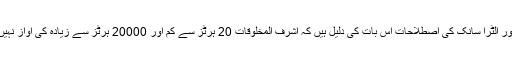
انفرا سانک اور الٹرا سانک کی اصطلاحات اس بات کی دلیل ہیں کہ اشرف المخلوقات 20 ہرٹز سے کم اور 20000 ہرٹز سے زیادہ کی آواز نہیں سن سکتے۔